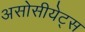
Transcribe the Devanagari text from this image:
असोसीयेट्स